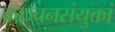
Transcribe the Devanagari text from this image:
काञ्चनसंयुक्तां